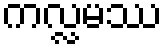
ကလ္လမဿ